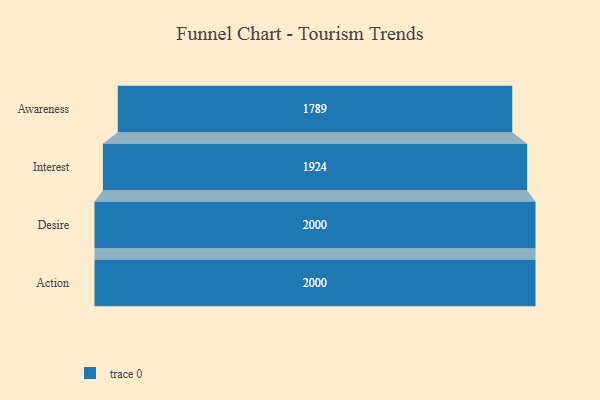
{"axis": {"x": "Stage", "y": "Value"}, "legend": [""], "data": [{"x": "Awareness", "y": 1789.0, "type": ""}, {"x": "Interest", "y": 1924.0, "type": ""}, {"x": "Desire", "y": 2000, "type": ""}, {"x": "Action", "y": 2000, "type": ""}]}